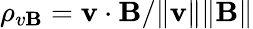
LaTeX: \rho_{v\mathbf{B}}=\mathbf{{v}}\cdot\mathbf{{\mathbf{B}}}/\lVert\mathbf{{v}}\rVert\lVert\mathbf{{\mathbf{B}}}\rVert